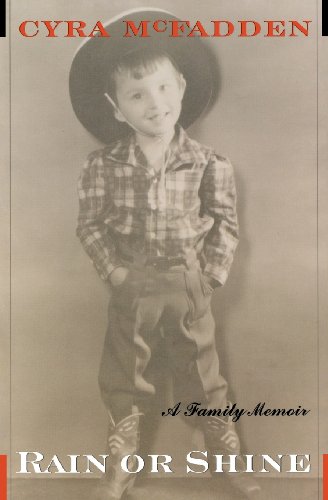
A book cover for Rain or Shine: A Family Memoir; Cyra McFadden; Sports & Outdoors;